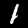
Digit: 1